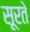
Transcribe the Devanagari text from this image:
सूरते